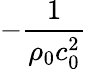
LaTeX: -\frac{1}{\rho_{0}c_{0}^{2}}